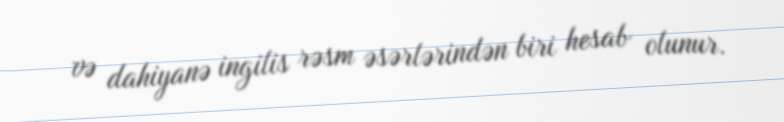
və dahiyanə ingilis rəsm əsərlərindən biri hesab olunur.